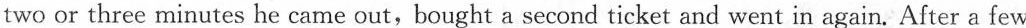
two or three minutes he came out, bought a second ticket and went in again. After a few